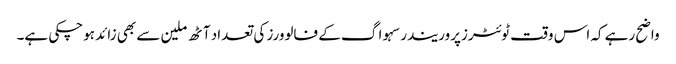
واضح رہے کہ اس وقت ٹوئٹرزپروریندرسہوا گ کے فالوورز کی تعداد آٹھ ملین سے بھی زائد ہوچکی ہے۔